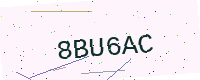
Text: 8BU6AC